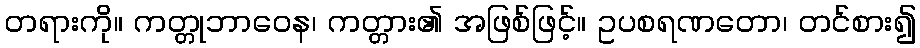
တရားကို။ ကတ္တုဘာဝေန၊ ကတ္တား၏ အဖြစ်ဖြင့်။ ဥပစရဏတော၊ တင်စား၍